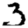
Digit: 3